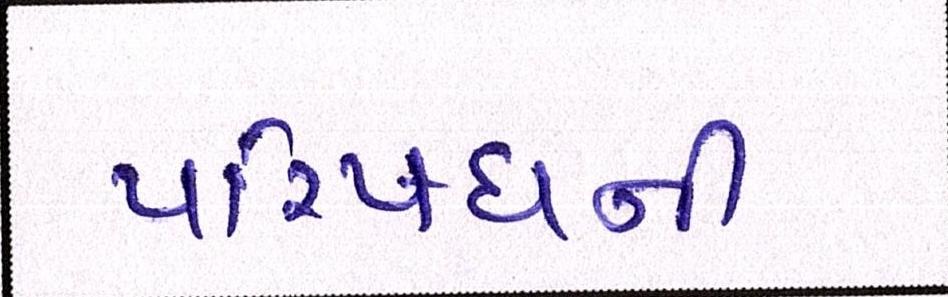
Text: પરિષધની